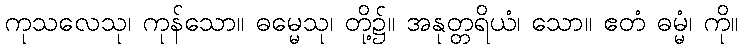
ကုသလေသု၊ ကုန်သော။ ဓမ္မေသု၊ တို့၌။ အနုတ္တရိယံ၊ သော။ ဧတံ ဓမ္မံ၊ ကို။